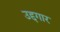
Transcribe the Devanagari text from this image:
उद्दगार